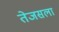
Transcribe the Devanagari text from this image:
तेजसला